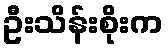
ဦးသိန်းစိုးက